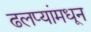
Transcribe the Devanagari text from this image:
ढलप्यांमधून